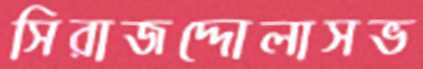
সিরাজদ্দোলাসভ